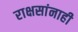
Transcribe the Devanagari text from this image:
राक्षसांनाही